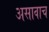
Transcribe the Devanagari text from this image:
असावाच